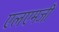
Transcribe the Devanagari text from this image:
एलएमजी